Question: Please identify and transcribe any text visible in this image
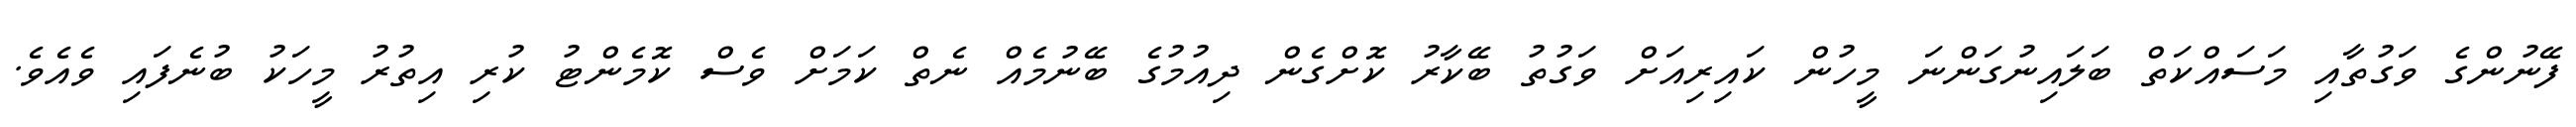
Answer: ފޭނުންގެ ވަގުތާއި މަސައްކަތް ބަލައިނުގަންނަ މީހުން ކައިރިއަށް ވަގުތު ބޭކާރު ކޮށްގެން ދިއުމުގެ ބޭނުމެއް ނެތް ކަމަށް ވެސް ކޮމެންޓު ކުރި އިތުރު މީހަކު ބުނެފައި ވެއެވެ.